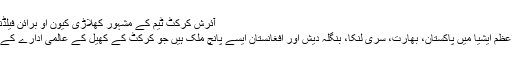
آئرش کرکٹ ٹیم کے مشہور کھلاڑی کیون او برائن فیلڈنگ کرتے ہوئے
اس طرح اب براعظم ایشیا میں پاکستان، بھارت، سری لنکا، بنگلہ دیش اور افغانستان ایسے پانچ ملک ہیں جو کرکٹ کے کھیل کے عالمی ادارے کے مستقل رکن ہیں۔